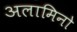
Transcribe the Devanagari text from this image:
अलामिनो